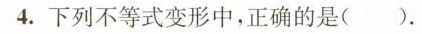
4.下列不等式变形中，正确的是( ).